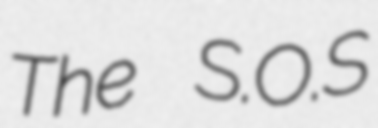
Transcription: The S.O.S